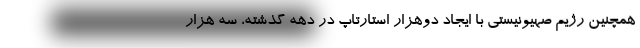
همچنین رژیم صهیونیستی با ایجاد دوهزار استارتاپ در دهه گذشته، سه هزار